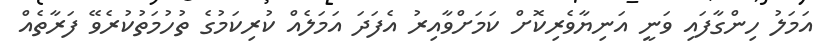
އަމަލު ހިންގާފައި ވަނީ އަނިޔާވެރިކޮށް ކަމަށްވާއިރު އެފަދަ އަމަލެއް ކުރިކަމުގެ ތުހުމަތުކުރެވޭ ފަރާތެއް